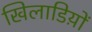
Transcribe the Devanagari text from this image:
खिलाडिय़ों